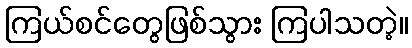
ကြယ်စင်တွေဖြစ်သွား ကြပါသတဲ့။